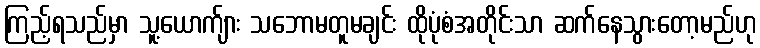
ကြည့်ရသည်မှာ သူ့ယောက်ျား သဘောမတူမချင်း ထိုပုံစံအတိုင်းသာ ဆက်နေသွားတော့မည်ဟု